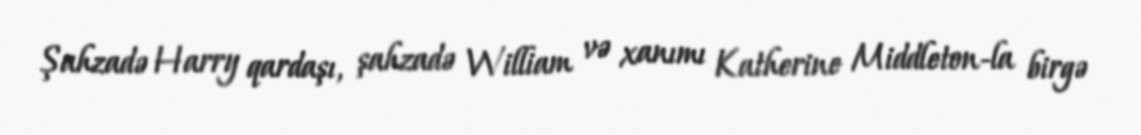
Şahzadə Harry qardaşı, şahzadə William və xanımı Katherine Middleton-la birgə